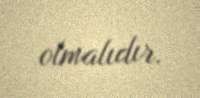
olmalıdır.